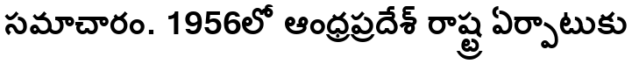
సమాచారం. 1956లో ఆంధ్రప్రదేశ్ రాష్ట్ర ఏర్పాటుకు